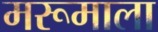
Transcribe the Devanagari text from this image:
मरूमाला